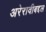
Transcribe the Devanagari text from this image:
अरेरावीबद्दल